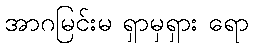
အာဂမြင်းမ ရှာမှရှား ရော